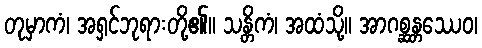
တုမှာကံ၊ အရှင်ဘုရားတို့၏။ သန္တိကံ၊ အထံသို့။ အာဂစ္ဆန္တဿေဝ၊